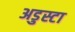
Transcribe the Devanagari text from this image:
अडुस्टा